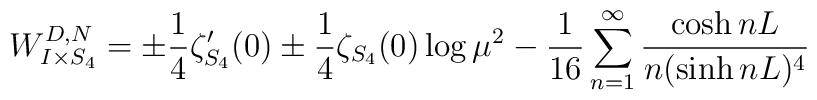
W^{D,N}_{I\times S_4}=\pm\frac14\zeta'_{S_4}(0)\pm\frac14\zeta_{S_4}(0)\log\mu^2-\frac{1}{16}\sum^\infty_{n=1}\frac{\cosh nL}{n(\sinh nL)^4}